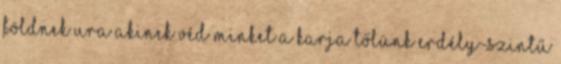
földnek Ura Akinek véd minket a karja tőlünk Erdély-szintű